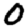
Digit: 0